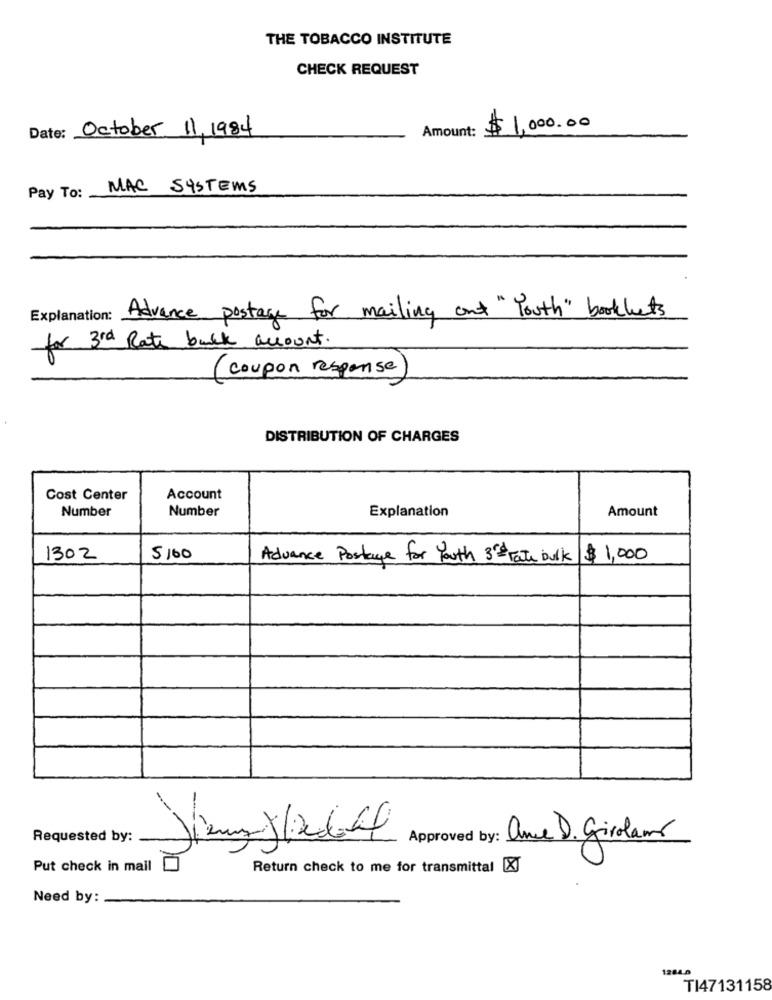
THE TOBACCO INSTITUTE
CHECK REQUEST
Date: October 11, 1984
Amount:
$ 1,000.00
Pay To: MAC SYSTEMS
Explanation: Advance postage for mailing out "Youth" booklets
for 3rd Rate bank account.
(coupon response)
DISTRIBUTION OF CHARGES
Cost Center
Account
Number
Number
Explanation
Amount
1302
5/60
Advance Postage for Youth 3rd Fate bulk
$ 1,000
1
Requested by:
31
Approved by: ance D. Girolamo
Put check in mail
Return check to me for transmittal [XJ
Need by:
1284.0
TI47131158